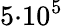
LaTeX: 5{\cdot}10^{5}